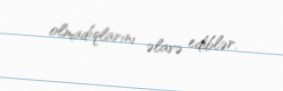
olmadıqlarını əlavə ediblər.